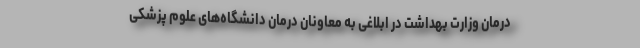
درمان وزارت بهداشت در ابلاغی به معاونان درمان دانشگاه‌های علوم پزشکی